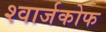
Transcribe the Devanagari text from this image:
श्वार्जकोफ